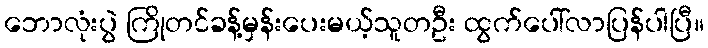
ဘောလုံးပွဲ ကြိုတင်ခန့်မှန်းပေးမယ့်သူတဦး ထွက်ပေါ်လာပြန်ပါပြီ။